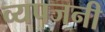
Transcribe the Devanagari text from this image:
व्यपजनी